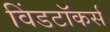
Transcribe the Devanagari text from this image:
विंडटॉकर्स